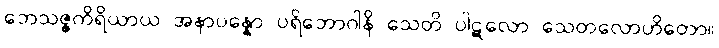
ဘေသဇ္ဇကိရိယာယ အနာပန္နော ပရိဘောဂါနိ သေတိ ပါဋလော သေတလောဟိတော။